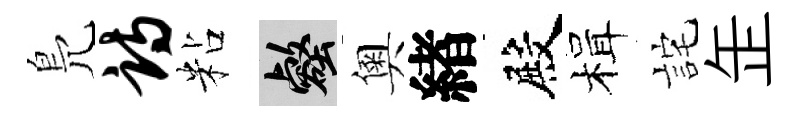
鳬诗粘壑奧緖殿楫詫𦈢